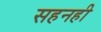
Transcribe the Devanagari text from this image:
सहनही